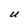
Character: U